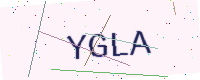
Text: YGLA